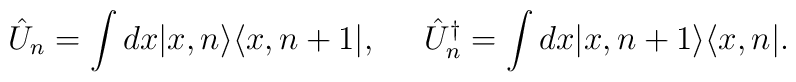
\hat{U}_n=\int dx|x,n\rangle \langle x,n+1|,\;\;\;\;\;\hat{U}_n^{\dagger}=\int dx|x,n+1\rangle \langle x,n|.